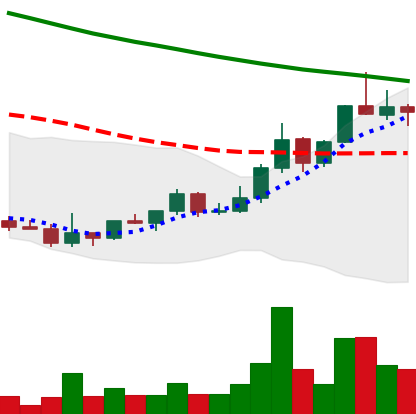
Ticker: DOGE-USD
Chart end date: 2022-03-30
Forward return: 3.757%
Label: up_3_5